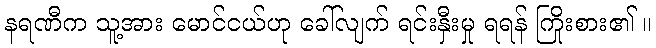
နရဏီက သူ့အား မောင်ငယ်ဟု ခေါ်လျက် ရင်းနှီးမှု ရရန် ကြိုးစား၏ ။